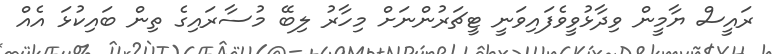
ރައީސް ޔާމީން ވިދާޅުވީވެފައިވަނީ ޓީޗަރުންނަށް މިހާރު ލިބޭ މުސާރައިގެ ތިން ބައިކުޅަ އެއް